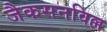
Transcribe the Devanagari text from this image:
जैकसनविल्ल